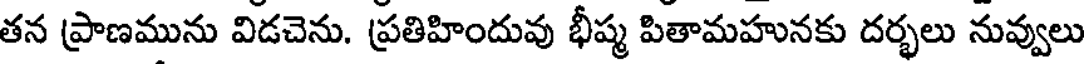
తన ప్రాణమును విడచెను. ప్రతిహిందువు భీష్మ పితామహునకు దర్భలు నువ్వులు